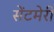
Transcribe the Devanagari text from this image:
सेंटमेरी